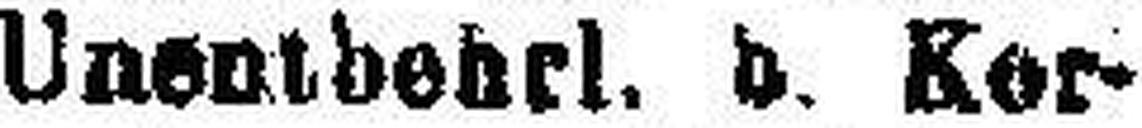
Unentbehrl. d. Kor¬